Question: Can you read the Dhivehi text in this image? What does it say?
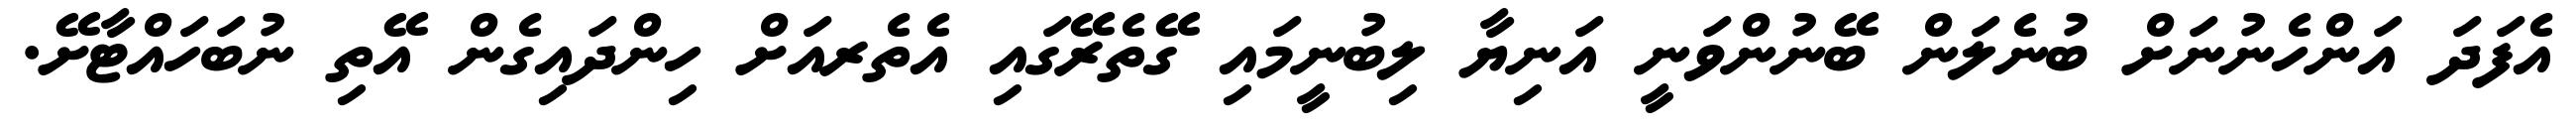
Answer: އެފަދަ އަންހެނުނަށް ބުނެލަން ބޭނުންވަނީ އަނިޔާ ލިބުނީމައި ގޭތެރޭގައި އެތެރއަށް ހިންދައިގެން އޭތި ނުބަހައްޓާށޭ.